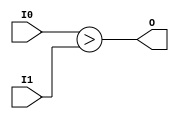
module coreir_ugt2_wrapped (
    input [1:0] I0,
    input [1:0] I1,
    output O
);
assign O = I0 > I1;
endmodule